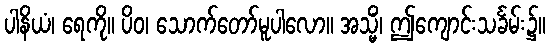
ပါနိယံ၊ ရေကို။ ပိဝ၊ သောက်တော်မူပါလော။ အသ္မိံ၊ ဤကျောင်းသင်္ခမ်း၌။